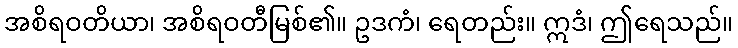
အစိရဝတိယာ၊ အစိရဝတီမြစ်၏။ ဥဒကံ၊ ရေတည်း။ ဣဒံ၊ ဤရေသည်။